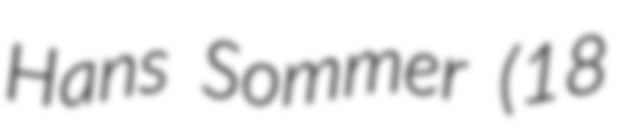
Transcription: Hans Sommer (18